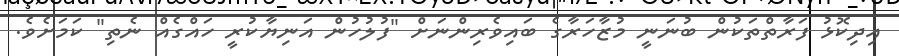
އިދިކޮޅު ފަރާތްތަކުން ބުނަނީ މުޒާހަރާގެ ބައިވެރިންނަށް "ފުލުހުން އަނިޔާކުރީ ހައްގެއް ނެތި" ކަމަށެވެ.